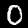
Digit: 0